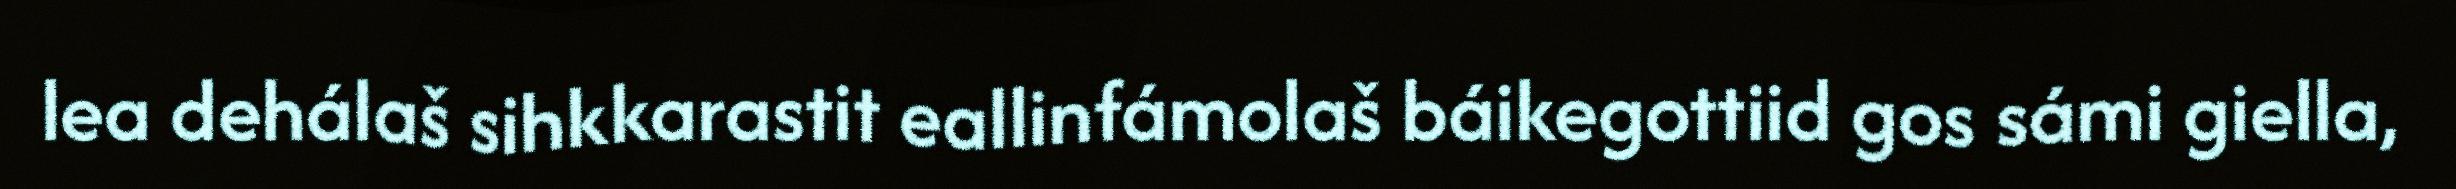
lea dehálaš sihkkarastit eallinfámolaš báikegottiid gos sámi giella,